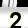
Digit: 2